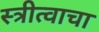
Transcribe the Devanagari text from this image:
स्त्रीत्वाचा